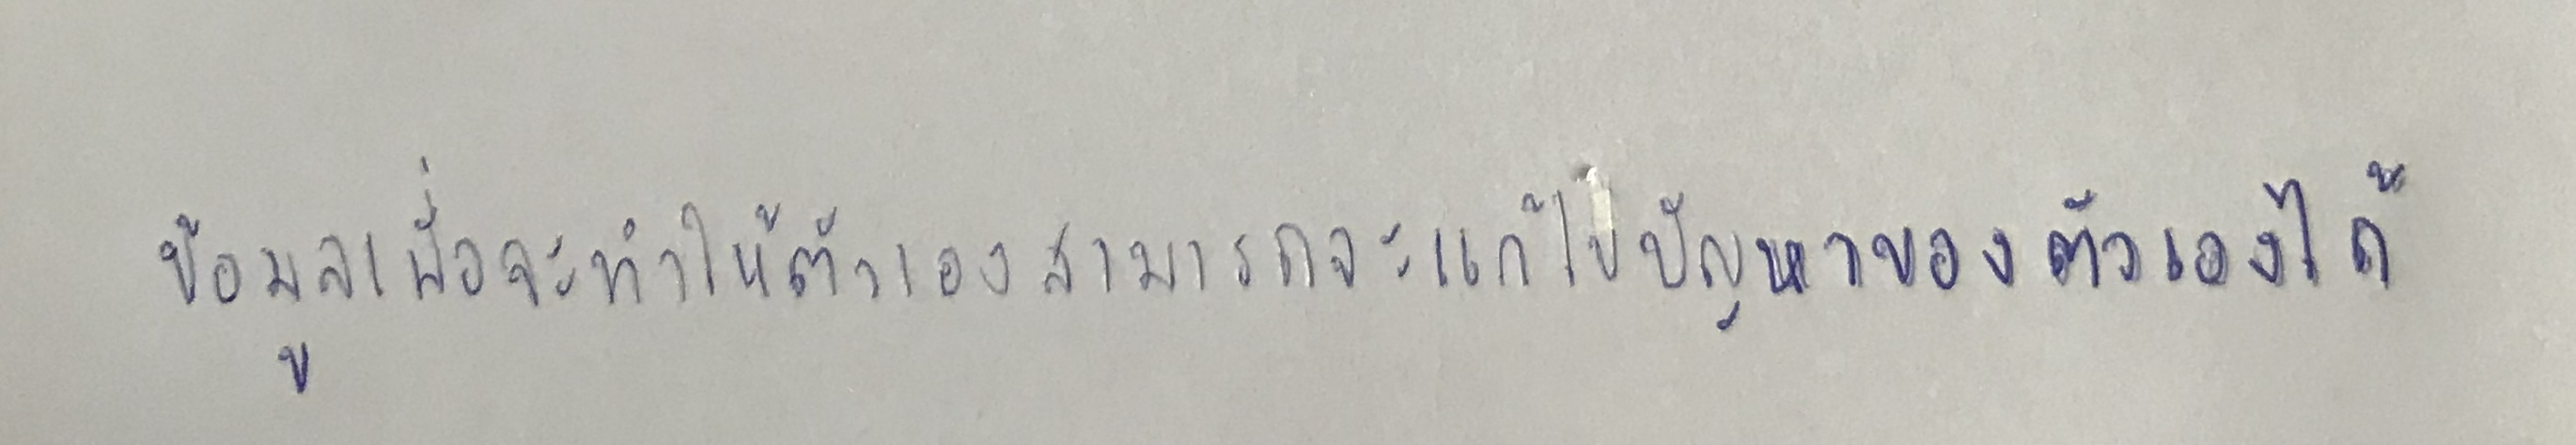
ข้อมูลเพื่อจะทำให้ตัวเองสามารถจะแก้ไขปัญหาของตัวเองได้